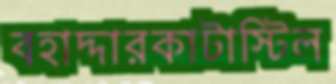
বহাদ্দারকাটাস্টিল